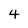
Character: 4